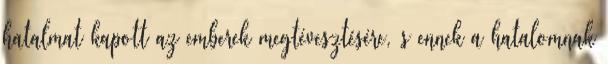
hatalmat kapott az emberek megtévesztésére, s ennek a hatalomnak